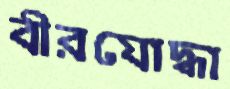
বীরযোদ্ধা